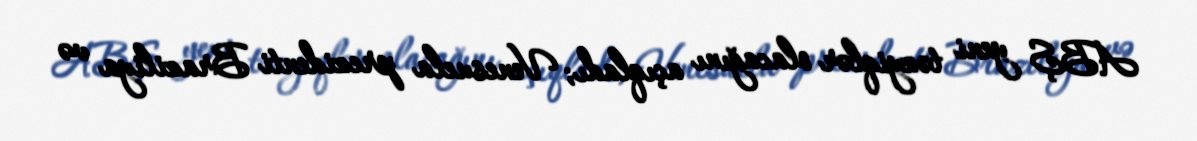
ABŞ yeni təzyiqlər olacağını açıqladı; Venesuela prezidenti Braziliya və